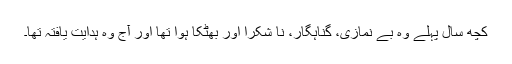
کچھ سال پہلے وہ بے نمازی، گناہگار، نا شکرا اور بھٹکا ہوا تھا اور آج وہ ہدایت یافتہ تھا۔